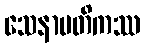
သေနာပတိကဿ